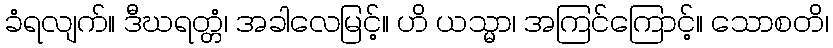
ခံရလျက်။ ဒီဃရတ္တံ၊ အခါလေမြင့်။ ဟိ ယသ္မာ၊ အကြင်ကြောင့်။ သောစတိ၊